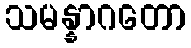
သမန္နာဂတော